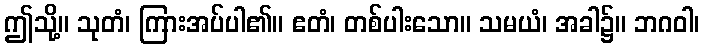
ဤသို့။ သုတံ၊ ကြားအပ်ပါ၏။ ဧတံ၊ တစ်ပါးသော။ သမယံ၊ အခါ၌။ ဘဂဝါ၊